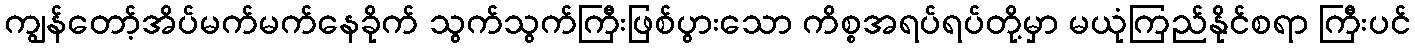
ကျွန်တော့်အိပ်မက်မက်နေခိုက် သွက်သွက်ကြီးဖြစ်ပွားသော ကိစ္စအရပ်ရပ်တို့မှာ မယုံကြည်နိုင်စရာ ကြီးပင်